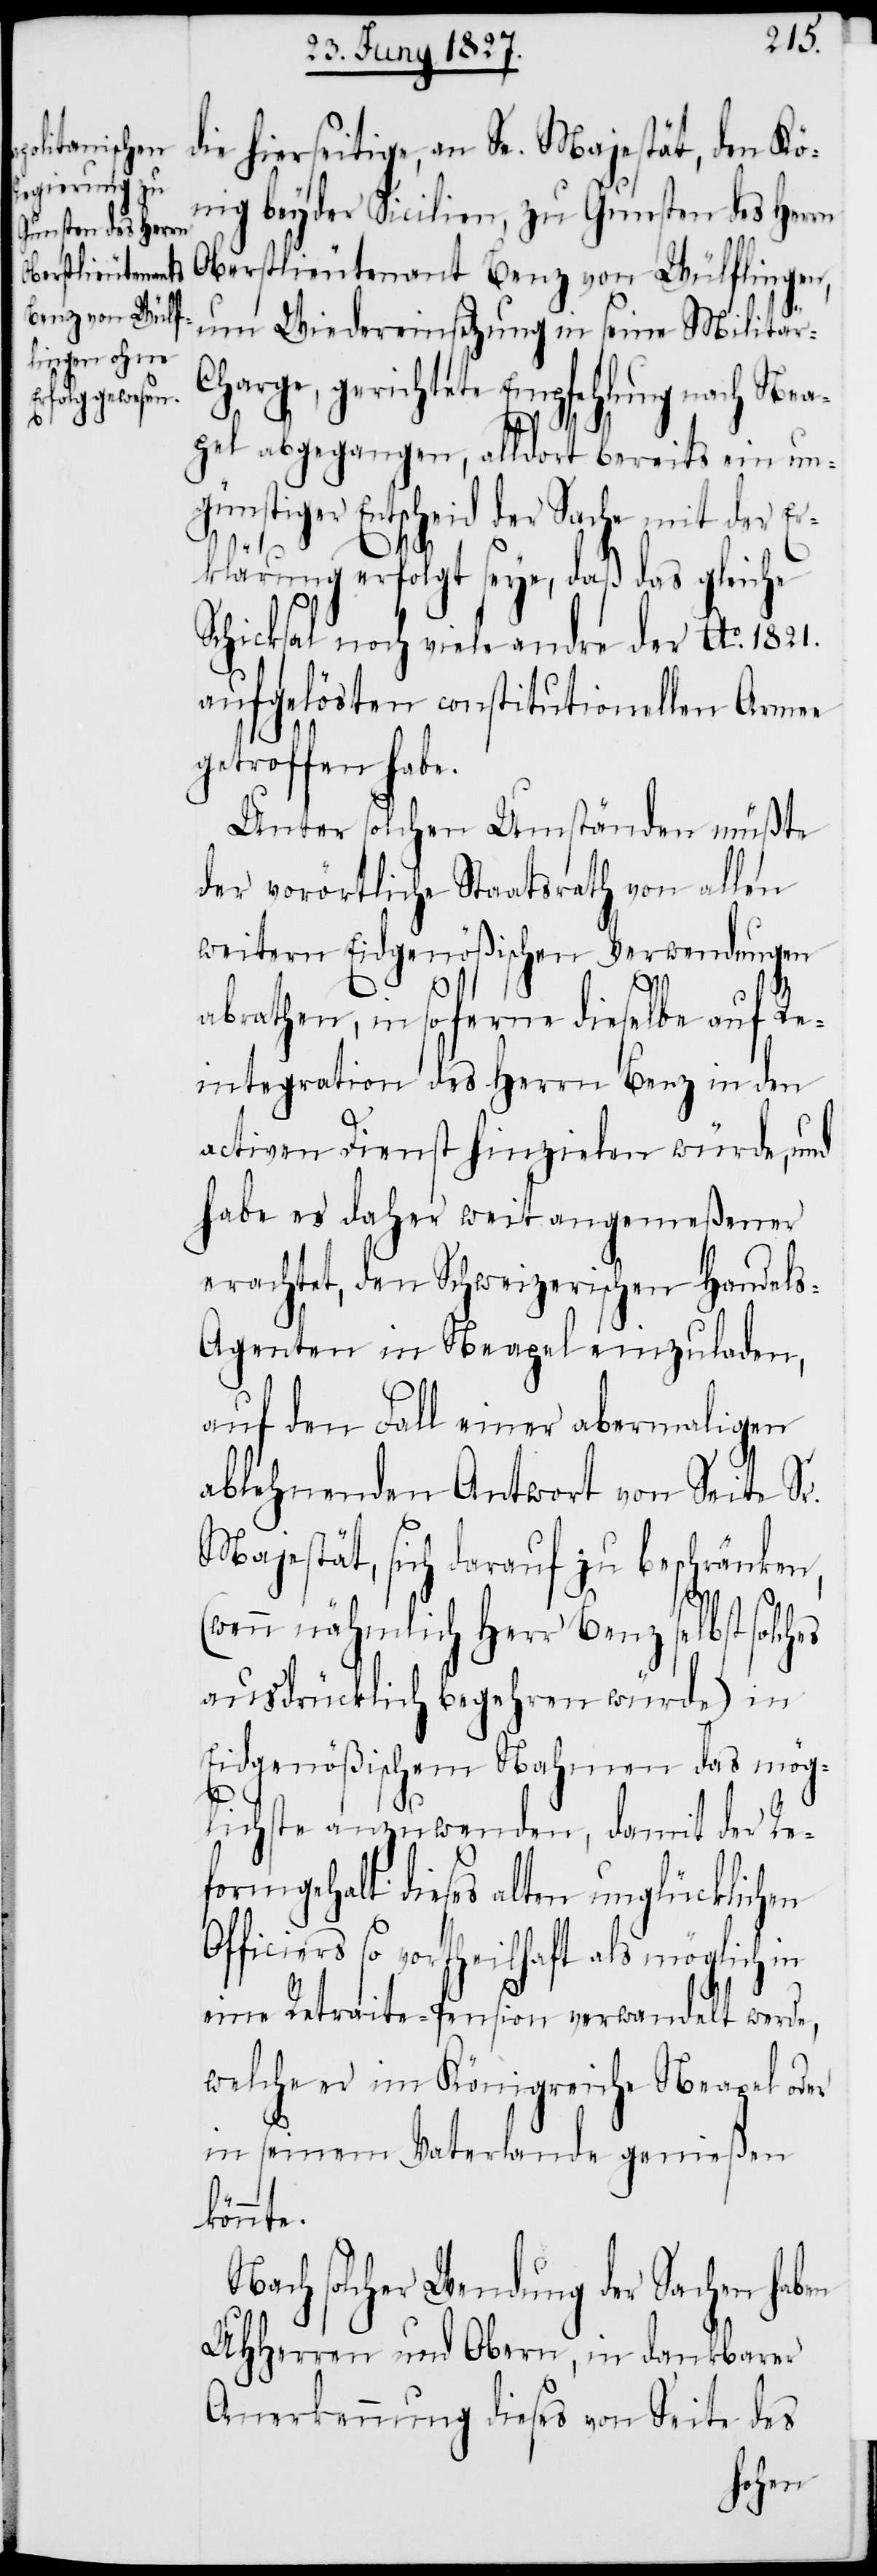
es
die hierseitige, an Se. Majestät, den Kö¬
nig beyder Sicilien, zu Gunsten des Herrn
Oberstlieutenant Benz von Wülflingen,
um Wiedereinsetzung in seine Militä¬
harge, gerichtete Empfehlung nach Nea¬
pel abgegangen, alldort bereits ein un¬
günstiger Entscheid der Sache mit der Er¬
klärung erfolgt seye, daß das gleiche
Schicksal noch viele andre der Ao. 1821.
aufgelösten constitutionellen Armee
getroffen habe.
Unter solchen Umständen müßte
der vorörtliche Staatsrath von allen
weitern Eidgenößischen Verwendungen
abrathen, in so ferne dieselbe auf Re¬
integration des Herrn Benz in den
activen Dienst hinzielen würde, und
habe es daher weit angemeßener
erachtet, den Schweizerischen Handel¬
s-Agenten in Neapel einzuladen,
auf den Fall einer abermaligen
ablehnenden Antwort von Seite Sr.
Majestät, sich darauf zu beschränken,
(wenn nähmlich Herr Benz selbst solch¬
ausdrücklich begehren würde) in
Eidgenößischem Nahmen das mög¬
lichste anzuwenden, damit der Re¬
formgehalt dieses alten unglücklichen
Officiers so vortheilhaft als möglich in
eine Retraite-Pension verwandelt werde,
welche er im Königreiche Neapel oder
in seinem Vaterlande genießen
könnte.
Nach solcher Wendung der Sachen haben
UHHerren und Obern, in dankbarer
Anerkennung dieses von Seite des